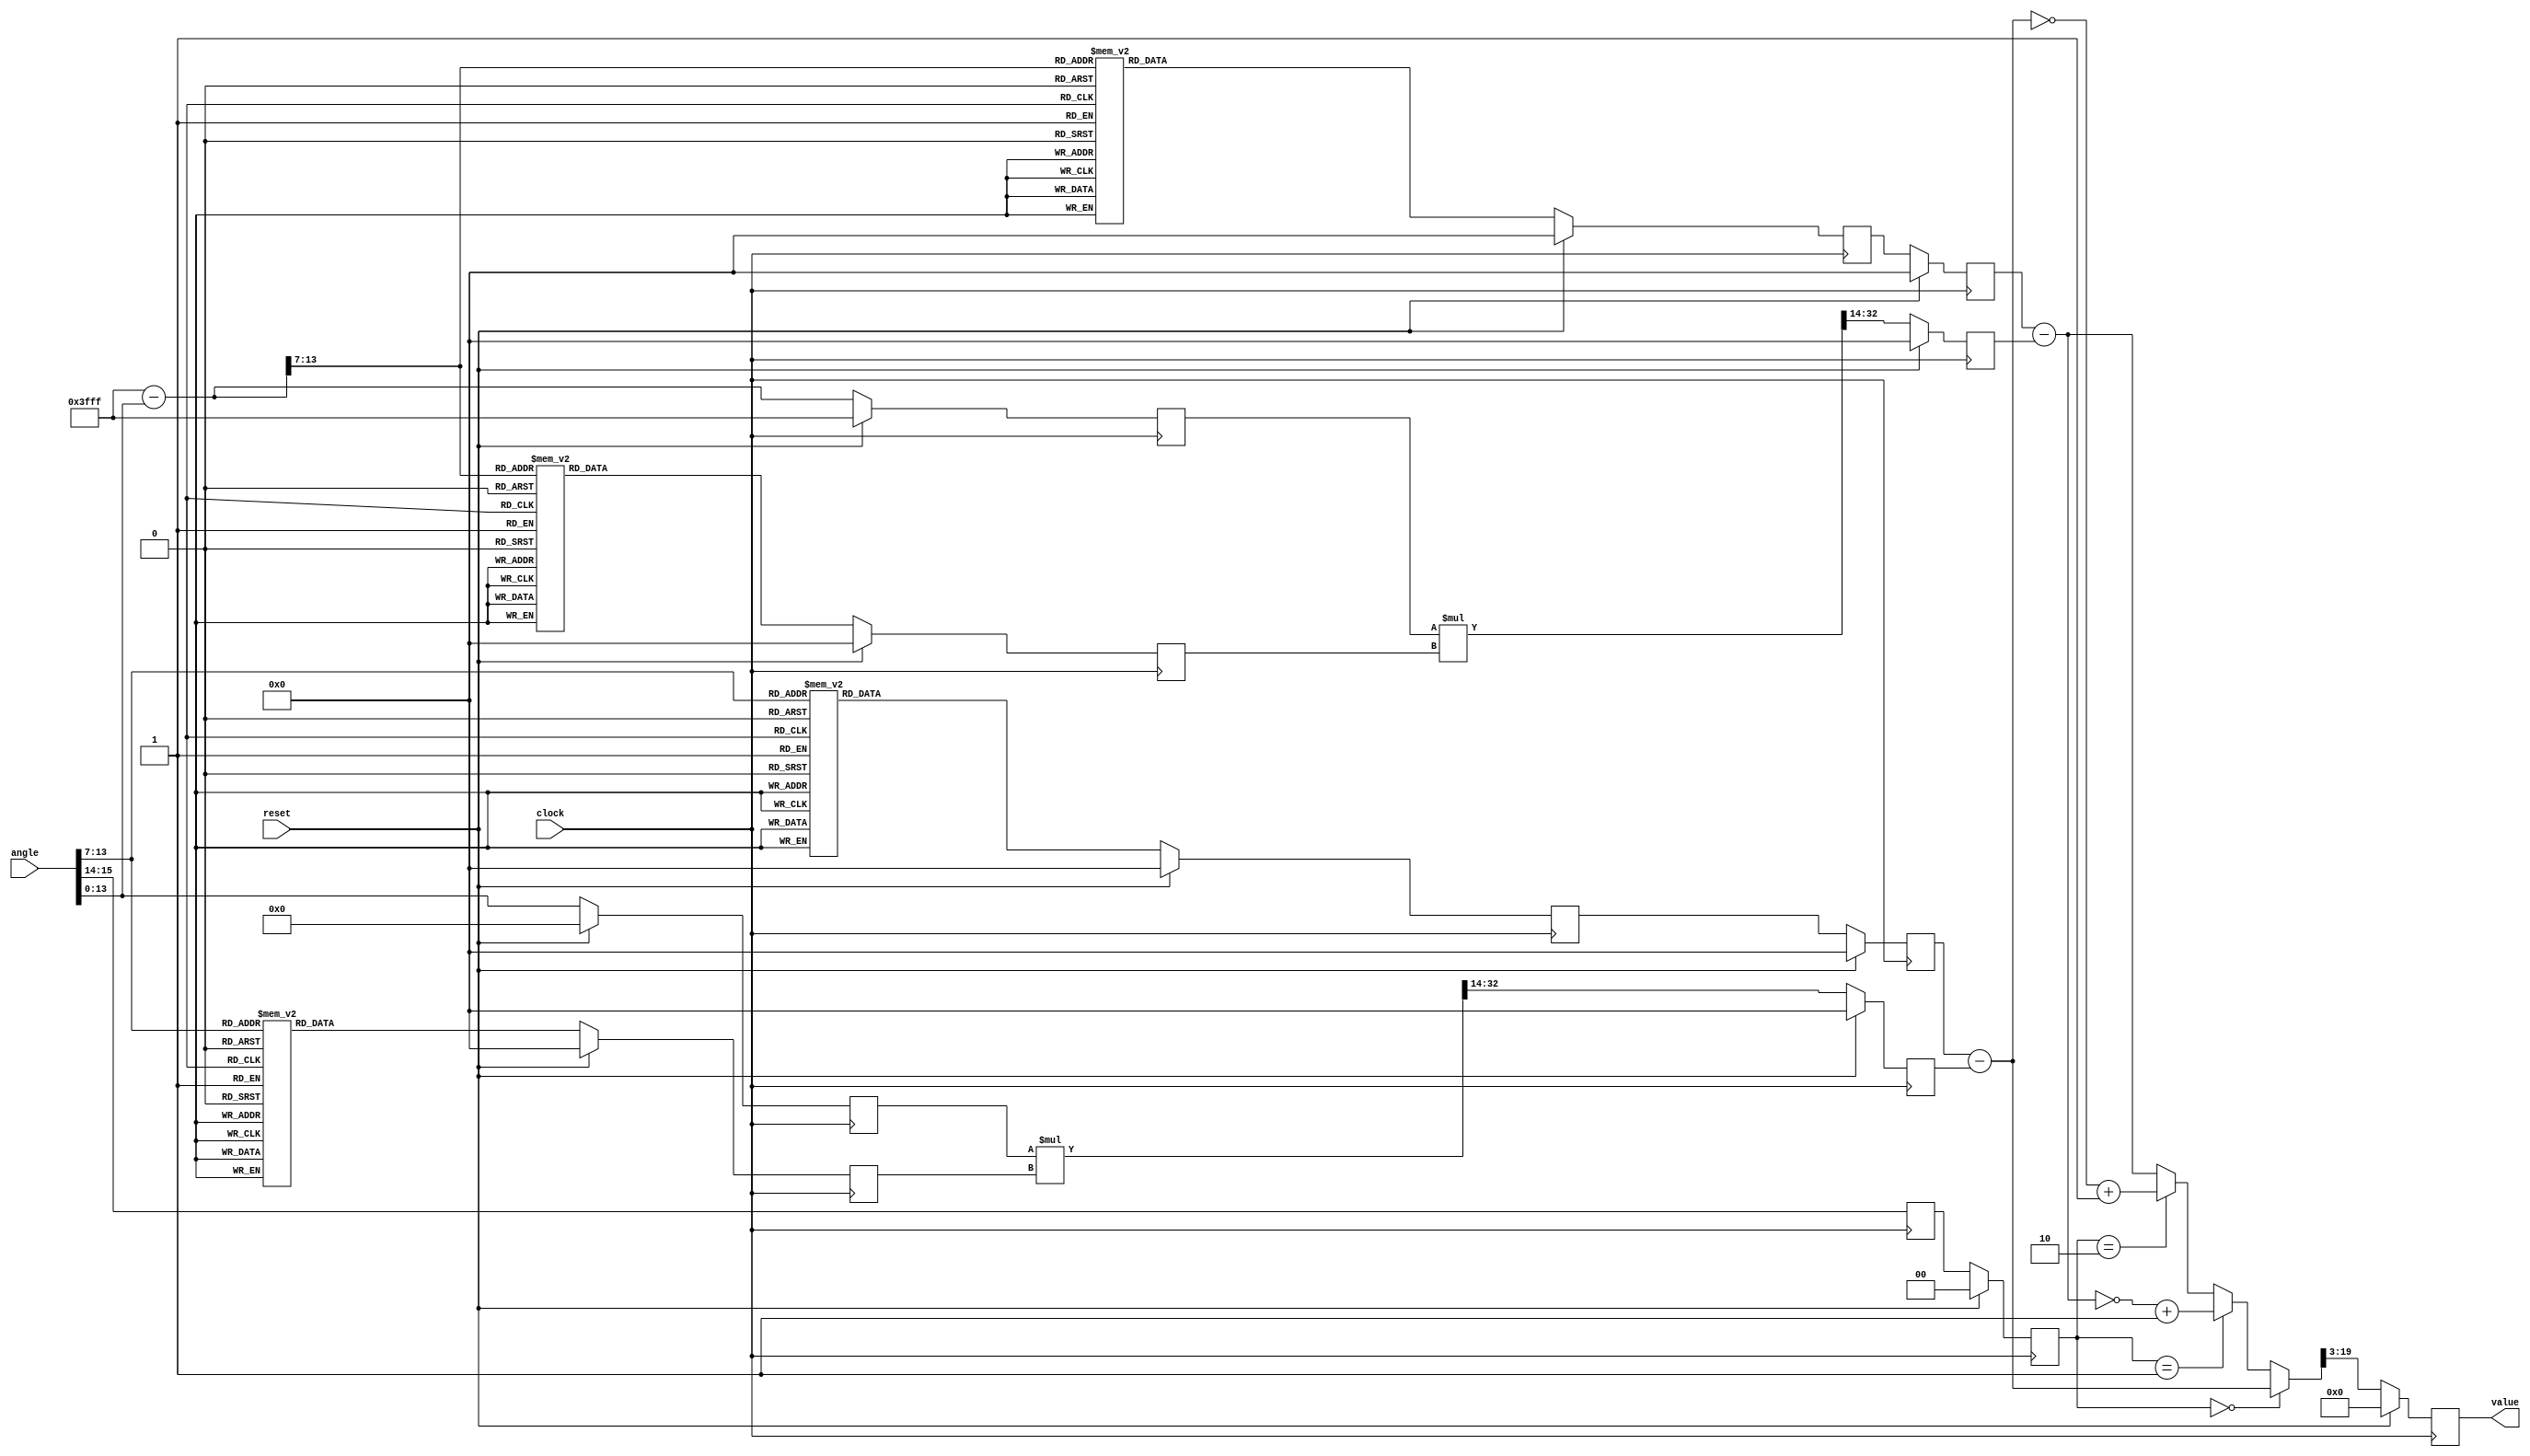
///////////////////////////////////////////////////////////////////////////
//                                                                       //
//						 Cosine Module [ Cos(2.pi.x) ]                   //
//                                  By                                   //
//                        Santosh Kumar Krishnan                         //
//                                                                       //
//                         'TOP - 1' level entity                        //
//                                                                       //
///////////////////////////////////////////////////////////////////////////
/*  Copyright (C) 2016  Santosh Kumar Krishnan

    This program is free software: you can redistribute it and/or modify
    it under the terms of the GNU General Public License as published by
    the Free Software Foundation, either version 3 of the License, or
    (at your option) any later version.

    This program is distributed in the hope that it will be useful,
    but WITHOUT ANY WARRANTY; without even the implied warranty of
    MERCHANTABILITY or FITNESS FOR A PARTICULAR PURPOSE.  See the
    GNU General Public License for more details.

    You should have received a copy of the GNU General Public License
    along with this program.  If not, see http://www.gnu.org/licenses/.*/
	
module cosine_module (
clock,
reset,
angle,
value);

//input
//clock
input clock;
//reset to initialize all registers coefficient table
input reset;
//angle at which cosine is to be found
input [15:0] angle;

//output
//cosine of angle
output [16:0] value;

//internal signals
wire [16:0] value_p1;
wire [6:0] table_address_pos;
wire [6:0] table_address_neg;
wire [32:0] mul_result_pos;
wire [32:0] mul_result_neg;
wire [18:0] D_pos,D_pos_p1;
wire [18:0] D_neg,D_neg_p1;
wire [6:0] p_1; 
wire [19:0] value_t;
wire [19:0] cos_pos;
wire [19:0] cos_neg;
wire [1:0] quadrand,quadrand_p2,quadrand_p3;
wire [13:0] x_pos,x_pos_p2;
wire [13:0] x_neg,x_neg_p2;
wire [18:0] c_0_pos_p1;
wire [18:0] c_0_neg_p1;

//internal registers
reg [16:0] value_d;
reg [18:0] cos_c_0[127:0];
reg [18:0] cos_c_1[127:0];
reg [18:0] c_0_pos,c_0_pos_d;
reg [18:0] c_1_pos;
reg [18:0] c_0_neg,c_0_neg_d;
reg [18:0] c_1_neg;
reg [1:0] quadrand_d,quadrand_d1;
reg [13:0] x_pos_d;
reg [13:0] x_neg_d;
reg [18:0] D_pos_d1;
reg [18:0] D_neg_d1;

//combinational logic

//find quadrand of the angle.
assign quadrand = angle[15:14];

//find the address of the coefficient table (x_pos) 
assign table_address_pos = angle[13:7];
assign p_1 = angle[6:0];

//x_pos = x;
assign x_pos = {table_address_pos,p_1};

//x_neg = pi/2 - x
assign x_neg = 14'h3FFF - x_pos;

//find the address of the coefficient table (x_neg) 
assign table_address_neg = x_neg[13:7];

// get outputs of d ffs level 1
assign x_pos_p2 = x_pos_d;
assign x_neg_p2 = x_neg_d;
assign quadrand_p2 = quadrand_d;

//execute the piecewise polynomial.
assign mul_result_pos = x_pos_p2*c_1_pos;
assign mul_result_neg = x_neg_p2*c_1_neg;
assign D_pos = mul_result_pos[32:14];
assign D_neg = mul_result_neg[32:14];

//get outputs of dff level 2
assign quadrand_p3 = quadrand_d1;
assign D_neg_p1 = D_neg_d1;
assign D_pos_p1 = D_pos_d1;
assign c_0_neg_p1 = c_0_neg_d;
assign c_0_pos_p1 = c_0_pos_d;

//find cos value.
assign cos_neg = c_0_neg_p1 - D_neg_p1;
assign cos_pos = c_0_pos_p1 - D_pos_p1;

//the current evaluation (cos(x) and cos(1-x)) is from an angle of 0 to pi/2. 
//Now depending on the quadrand we choose either +ve or -ve of cos(x) or cos(1-x)
assign value_t = (quadrand_p3 == 2'b00)?cos_pos:( (quadrand_p3 == 2'b01)?(~cos_neg) +1:( (quadrand_p3 == 2'b10)?(~cos_pos) +1:cos_neg ) );

//get cosine of angle
assign value_p1 = value_t[19:3];

//get outputs of dff level 3
assign value = value_d;
//sequential logic
always@(posedge clock)
begin
//reset =0? update all registers and coefficient table
	if(reset == 1'b0)
	begin
		x_pos_d = x_pos;
		x_neg_d = x_neg;
		quadrand_d = quadrand;
		quadrand_d1 = quadrand_p2;
		D_neg_d1 = D_neg;
		D_pos_d1 = D_pos;
		c_0_neg_d = c_0_neg;
		c_0_pos_d = c_0_pos;
		value_d = value_p1;
		cos_c_0[0] = 19'h40002;
		cos_c_0[1] = 19'h40029;
		cos_c_0[2] = 19'h40078;
		cos_c_0[3] = 19'h400EF;
		cos_c_0[4] = 19'h4018C;
		cos_c_0[5] = 19'h40251;
		cos_c_0[6] = 19'h4033E;
		cos_c_0[7] = 19'h40451;
		cos_c_0[8] = 19'h4058B;
		cos_c_0[9] = 19'h406EC;
		cos_c_0[10] = 19'h40874;
		cos_c_0[11] = 19'h40A23;
		cos_c_0[12] = 19'h40BF7;
		cos_c_0[13] = 19'h40DF2;
		cos_c_0[14] = 19'h41012;
		cos_c_0[15] = 19'h41259;
		cos_c_0[16] = 19'h414C4;
		cos_c_0[17] = 19'h41755;
		cos_c_0[18] = 19'h41A0A;
		cos_c_0[19] = 19'h41CE4;
		cos_c_0[20] = 19'h41FE2;
		cos_c_0[21] = 19'h42303;
		cos_c_0[22] = 19'h42648;
		cos_c_0[23] = 19'h429B0;
		cos_c_0[24] = 19'h42D3B;
		cos_c_0[25] = 19'h430E8;
		cos_c_0[26] = 19'h434B6;
		cos_c_0[27] = 19'h438A6;
		cos_c_0[28] = 19'h43CB7;
		cos_c_0[29] = 19'h440E8;
		cos_c_0[30] = 19'h44539;
		cos_c_0[31] = 19'h449AA;
		cos_c_0[32] = 19'h44E39;
		cos_c_0[33] = 19'h452E6;
		cos_c_0[34] = 19'h457B1;
		cos_c_0[35] = 19'h45C99;
		cos_c_0[36] = 19'h4619E;
		cos_c_0[37] = 19'h466BF;
		cos_c_0[38] = 19'h46BFB;
		cos_c_0[39] = 19'h47151;
		cos_c_0[40] = 19'h476C2;
		cos_c_0[41] = 19'h47C4C;
		cos_c_0[42] = 19'h481EF;
		cos_c_0[43] = 19'h487A9;
		cos_c_0[44] = 19'h48D7B;
		cos_c_0[45] = 19'h49364;
		cos_c_0[46] = 19'h49962;
		cos_c_0[47] = 19'h49F75;
		cos_c_0[48] = 19'h4A59D;
		cos_c_0[49] = 19'h4ABD8;
		cos_c_0[50] = 19'h4B226;
		cos_c_0[51] = 19'h4B885;
		cos_c_0[52] = 19'h4BEF6;
		cos_c_0[53] = 19'h4C577;
		cos_c_0[54] = 19'h4CC08;
		cos_c_0[55] = 19'h4D2A7;
		cos_c_0[56] = 19'h4D954;
		cos_c_0[57] = 19'h4E00E;
		cos_c_0[58] = 19'h4E6D4;
		cos_c_0[59] = 19'h4EDA4;
		cos_c_0[60] = 19'h4F47F;
		cos_c_0[61] = 19'h4FB64;
		cos_c_0[62] = 19'h50250;
		cos_c_0[63] = 19'h50945;
		cos_c_0[64] = 19'h5103F;
		cos_c_0[65] = 19'h5173F;
		cos_c_0[66] = 19'h51E44;
		cos_c_0[67] = 19'h5254C;
		cos_c_0[68] = 19'h52C57;
		cos_c_0[69] = 19'h53363;
		cos_c_0[70] = 19'h53A70;
		cos_c_0[71] = 19'h5417D;
		cos_c_0[72] = 19'h54888;
		cos_c_0[73] = 19'h54F91;
		cos_c_0[74] = 19'h55696;
		cos_c_0[75] = 19'h55D97;
		cos_c_0[76] = 19'h56492;
		cos_c_0[77] = 19'h56B87;
		cos_c_0[78] = 19'h57274;
		cos_c_0[79] = 19'h57958;
		cos_c_0[80] = 19'h58033;
		cos_c_0[81] = 19'h58702;
		cos_c_0[82] = 19'h58DC6;
		cos_c_0[83] = 19'h5947D;
		cos_c_0[84] = 19'h59B26;
		cos_c_0[85] = 19'h5A1C0;
		cos_c_0[86] = 19'h5A849;
		cos_c_0[87] = 19'h5AEC1;
		cos_c_0[88] = 19'h5B527;
		cos_c_0[89] = 19'h5BB79;
		cos_c_0[90] = 19'h5C1B6;
		cos_c_0[91] = 19'h5C7DE;
		cos_c_0[92] = 19'h5CDEF;
		cos_c_0[93] = 19'h5D3E8;
		cos_c_0[94] = 19'h5D9C7;
		cos_c_0[95] = 19'h5DF8D;
		cos_c_0[96] = 19'h5E537;
		cos_c_0[97] = 19'h5EAC5;
		cos_c_0[98] = 19'h5F036;
		cos_c_0[99] = 19'h5F587;
		cos_c_0[100] = 19'h5FAB9;
		cos_c_0[101] = 19'h5FFCA;
		cos_c_0[102] = 19'h604B9;
		cos_c_0[103] = 19'h60985;
		cos_c_0[104] = 19'h60E2D;
		cos_c_0[105] = 19'h612B0;
		cos_c_0[106] = 19'h6170C;
		cos_c_0[107] = 19'h61B40;
		cos_c_0[108] = 19'h61F4C;
		cos_c_0[109] = 19'h6232E;
		cos_c_0[110] = 19'h626E6;
		cos_c_0[111] = 19'h62A71;
		cos_c_0[112] = 19'h62DD0;
		cos_c_0[113] = 19'h63101;
		cos_c_0[114] = 19'h63402;
		cos_c_0[115] = 19'h636D3;
		cos_c_0[116] = 19'h63973;
		cos_c_0[117] = 19'h63BE1;
		cos_c_0[118] = 19'h63E1B;
		cos_c_0[119] = 19'h64021;
		cos_c_0[120] = 19'h641F1;
		cos_c_0[121] = 19'h6438B;
		cos_c_0[122] = 19'h644ED;
		cos_c_0[123] = 19'h64617;
		cos_c_0[124] = 19'h64707;
		cos_c_0[125] = 19'h647BC;
		cos_c_0[126] = 19'h64837;
		cos_c_0[127] = 19'h64874;

		cos_c_1[0] = 19'h9DE;
		cos_c_1[1] = 19'h1D9B;
		cos_c_1[2] = 19'h3157;
		cos_c_1[3] = 19'h4510;
		cos_c_1[4] = 19'h58C7;
		cos_c_1[5] = 19'h6C7B;
		cos_c_1[6] = 19'h802B;
		cos_c_1[7] = 19'h93D5;
		cos_c_1[8] = 19'hA77A;
		cos_c_1[9] = 19'hBB18;
		cos_c_1[10] = 19'hCEAF;
		cos_c_1[11] = 19'hE23F;
		cos_c_1[12] = 19'hF5C5;
		cos_c_1[13] = 19'h10942;
		cos_c_1[14] = 19'h11CB5;
		cos_c_1[15] = 19'h1301D;
		cos_c_1[16] = 19'h14379;
		cos_c_1[17] = 19'h156C8;
		cos_c_1[18] = 19'h16A0B;
		cos_c_1[19] = 19'h17D3F;
		cos_c_1[20] = 19'h19065;
		cos_c_1[21] = 19'h1A37B;
		cos_c_1[22] = 19'h1B681;
		cos_c_1[23] = 19'h1C977;
		cos_c_1[24] = 19'h1DC5A;
		cos_c_1[25] = 19'h1EF2B;
		cos_c_1[26] = 19'h201EA;
		cos_c_1[27] = 19'h21494;
		cos_c_1[28] = 19'h2272A;
		cos_c_1[29] = 19'h239AA;
		cos_c_1[30] = 19'h24C15;
		cos_c_1[31] = 19'h25E69;
		cos_c_1[32] = 19'h270A5;
		cos_c_1[33] = 19'h282CA;
		cos_c_1[34] = 19'h294D5;
		cos_c_1[35] = 19'h2A6C8;
		cos_c_1[36] = 19'h2B8A0;
		cos_c_1[37] = 19'h2CA5D;
		cos_c_1[38] = 19'h2DBFE;
		cos_c_1[39] = 19'h2ED84;
		cos_c_1[40] = 19'h2FEEC;
		cos_c_1[41] = 19'h31037;
		cos_c_1[42] = 19'h32164;
		cos_c_1[43] = 19'h33272;
		cos_c_1[44] = 19'h34360;
		cos_c_1[45] = 19'h3542E;
		cos_c_1[46] = 19'h364DB;
		cos_c_1[47] = 19'h37567;
		cos_c_1[48] = 19'h385D0;
		cos_c_1[49] = 19'h39617;
		cos_c_1[50] = 19'h3A63B;
		cos_c_1[51] = 19'h3B63A;
		cos_c_1[52] = 19'h3C615;
		cos_c_1[53] = 19'h3D5CA;
		cos_c_1[54] = 19'h3E55A;
		cos_c_1[55] = 19'h3F4C3;
		cos_c_1[56] = 19'h40405;
		cos_c_1[57] = 19'h41320;
		cos_c_1[58] = 19'h42212;
		cos_c_1[59] = 19'h430DC;
		cos_c_1[60] = 19'h43F7C;
		cos_c_1[61] = 19'h44DF2;
		cos_c_1[62] = 19'h45C3E;
		cos_c_1[63] = 19'h46A5E;
		cos_c_1[64] = 19'h47854;
		cos_c_1[65] = 19'h4861D;
		cos_c_1[66] = 19'h493B9;
		cos_c_1[67] = 19'h4A128;
		cos_c_1[68] = 19'h4AE6A;
		cos_c_1[69] = 19'h4BB7D;
		cos_c_1[70] = 19'h4C862;
		cos_c_1[71] = 19'h4D517;
		cos_c_1[72] = 19'h4E19D;
		cos_c_1[73] = 19'h4EDF2;
		cos_c_1[74] = 19'h4FA17;
		cos_c_1[75] = 19'h5060B;
		cos_c_1[76] = 19'h511CD;
		cos_c_1[77] = 19'h51D5D;
		cos_c_1[78] = 19'h528BB;
		cos_c_1[79] = 19'h533E5;
		cos_c_1[80] = 19'h53EDD;
		cos_c_1[81] = 19'h549A0;
		cos_c_1[82] = 19'h55430;
		cos_c_1[83] = 19'h55E8B;
		cos_c_1[84] = 19'h568B1;
		cos_c_1[85] = 19'h572A1;
		cos_c_1[86] = 19'h57C5C;
		cos_c_1[87] = 19'h585E0;
		cos_c_1[88] = 19'h58F2E;
		cos_c_1[89] = 19'h59846;
		cos_c_1[90] = 19'h5A126;
		cos_c_1[91] = 19'h5A9CE;
		cos_c_1[92] = 19'h5B23E;
		cos_c_1[93] = 19'h5BA77;
		cos_c_1[94] = 19'h5C276;
		cos_c_1[95] = 19'h5CA3D;
		cos_c_1[96] = 19'h5D1CB;
		cos_c_1[97] = 19'h5D920;
		cos_c_1[98] = 19'h5E03A;
		cos_c_1[99] = 19'h5E71B;
		cos_c_1[100] = 19'h5EDC1;
		cos_c_1[101] = 19'h5F42D;
		cos_c_1[102] = 19'h5FA5E;
		cos_c_1[103] = 19'h60054;
		cos_c_1[104] = 19'h6060F;
		cos_c_1[105] = 19'h60B8E;
		cos_c_1[106] = 19'h610D2;
		cos_c_1[107] = 19'h615DA;
		cos_c_1[108] = 19'h61AA6;
		cos_c_1[109] = 19'h61F35;
		cos_c_1[110] = 19'h62389;
		cos_c_1[111] = 19'h6279F;
		cos_c_1[112] = 19'h62B79;
		cos_c_1[113] = 19'h62F16;
		cos_c_1[114] = 19'h63276;
		cos_c_1[115] = 19'h63599;
		cos_c_1[116] = 19'h6387E;
		cos_c_1[117] = 19'h63B26;
		cos_c_1[118] = 19'h63D91;
		cos_c_1[119] = 19'h63FBE;
		cos_c_1[120] = 19'h641AD;
		cos_c_1[121] = 19'h6435E;
		cos_c_1[122] = 19'h644D2;
		cos_c_1[123] = 19'h64608;
		cos_c_1[124] = 19'h64700;
		cos_c_1[125] = 19'h647BA;
		cos_c_1[126] = 19'h64836;
		cos_c_1[127] = 19'h64874;
		
		c_0_pos = cos_c_0[table_address_pos];
		c_1_pos = cos_c_1[table_address_pos];
		c_0_neg = cos_c_0[table_address_neg];
		c_1_neg = cos_c_1[table_address_neg];
	end
//reset =1? update all registers and coefficient table	
	if(reset == 1'b1)
	begin
		x_pos_d = 14'h0;
		x_neg_d = 14'h3FFF;
		quadrand_d = quadrand;
		quadrand_d1 = 2'b0;
		D_neg_d1 = 19'b0;
		D_pos_d1 = 19'b0;
		c_0_neg_d = 19'b0;
		c_0_pos_d = 19'b0;
		value_d = 17'b0;
		
		c_0_pos = 19'h0;
		c_1_pos = 19'h0;
		c_0_neg = 19'h0;
		c_1_neg = 19'h0;
		
		cos_c_0[0] = 19'h0;
		cos_c_0[1] = 19'h0;
		cos_c_0[2] = 19'h0;
		cos_c_0[3] = 19'h0;
		cos_c_0[4] = 19'h0;
		cos_c_0[5] = 19'h0;
		cos_c_0[6] = 19'h0;
		cos_c_0[7] = 19'h0;
		cos_c_0[8] = 19'h0;
		cos_c_0[9] = 19'h0;
		cos_c_0[10] = 19'h0;
		cos_c_0[11] = 19'h0;
		cos_c_0[12] = 19'h0;
		cos_c_0[13] = 19'h0;
		cos_c_0[14] = 19'h0;
		cos_c_0[15] = 19'h0;
		cos_c_0[16] = 19'h0;
		cos_c_0[17] = 19'h0;
		cos_c_0[18] = 19'h0;
		cos_c_0[19] = 19'h0;
		cos_c_0[20] = 19'h0;
		cos_c_0[21] = 19'h0;
		cos_c_0[22] = 19'h0;
		cos_c_0[23] = 19'h0;
		cos_c_0[24] = 19'h0;
		cos_c_0[25] = 19'h0;
		cos_c_0[26] = 19'h0;
		cos_c_0[27] = 19'h0;
		cos_c_0[28] = 19'h0;
		cos_c_0[29] = 19'h0;
		cos_c_0[30] = 19'h0;
		cos_c_0[31] = 19'h0;
		cos_c_0[32] = 19'h0;
		cos_c_0[33] = 19'h0;
		cos_c_0[34] = 19'h0;
		cos_c_0[35] = 19'h0;
		cos_c_0[36] = 19'h0;
		cos_c_0[37] = 19'h0;
		cos_c_0[38] = 19'h0;
		cos_c_0[39] = 19'h0;
		cos_c_0[40] = 19'h0;
		cos_c_0[41] = 19'h0;
		cos_c_0[42] = 19'h0;
		cos_c_0[43] = 19'h0;
		cos_c_0[44] = 19'h0;
		cos_c_0[45] = 19'h0;
		cos_c_0[46] = 19'h0;
		cos_c_0[47] = 19'h0;
		cos_c_0[48] = 19'h0;
		cos_c_0[49] = 19'h0;
		cos_c_0[50] = 19'h0;
		cos_c_0[51] = 19'h0;
		cos_c_0[52] = 19'h0;
		cos_c_0[53] = 19'h0;
		cos_c_0[54] = 19'h0;
		cos_c_0[55] = 19'h0;
		cos_c_0[56] = 19'h0;
		cos_c_0[57] = 19'h0;
		cos_c_0[58] = 19'h0;
		cos_c_0[59] = 19'h0;
		cos_c_0[60] = 19'h0;
		cos_c_0[61] = 19'h0;
		cos_c_0[62] = 19'h0;
		cos_c_0[63] = 19'h0;
		cos_c_0[64] = 19'h0;
		cos_c_0[65] = 19'h0;
		cos_c_0[66] = 19'h0;
		cos_c_0[67] = 19'h0;
		cos_c_0[68] = 19'h0;
		cos_c_0[69] = 19'h0;
		cos_c_0[70] = 19'h0;
		cos_c_0[71] = 19'h0;
		cos_c_0[72] = 19'h0;
		cos_c_0[73] = 19'h0;
		cos_c_0[74] = 19'h0;
		cos_c_0[75] = 19'h0;
		cos_c_0[76] = 19'h0;
		cos_c_0[77] = 19'h0;
		cos_c_0[78] = 19'h0;
		cos_c_0[79] = 19'h0;
		cos_c_0[80] = 19'h0;
		cos_c_0[81] = 19'h0;
		cos_c_0[82] = 19'h0;
		cos_c_0[83] = 19'h0;
		cos_c_0[84] = 19'h0;
		cos_c_0[85] = 19'h0;
		cos_c_0[86] = 19'h0;
		cos_c_0[87] = 19'h0;
		cos_c_0[88] = 19'h0;
		cos_c_0[89] = 19'h0;
		cos_c_0[90] = 19'h0;
		cos_c_0[91] = 19'h0;
		cos_c_0[92] = 19'h0;
		cos_c_0[93] = 19'h0;
		cos_c_0[94] = 19'h0;
		cos_c_0[95] = 19'h0;
		cos_c_0[96] = 19'h0;
		cos_c_0[97] = 19'h0;
		cos_c_0[98] = 19'h0;
		cos_c_0[99] = 19'h0;
		cos_c_0[100] = 19'h0;
		cos_c_0[101] = 19'h0;
		cos_c_0[102] = 19'h0;
		cos_c_0[103] = 19'h0;
		cos_c_0[104] = 19'h0;
		cos_c_0[105] = 19'h0;
		cos_c_0[106] = 19'h0;
		cos_c_0[107] = 19'h0;
		cos_c_0[108] = 19'h0;
		cos_c_0[109] = 19'h0;
		cos_c_0[110] = 19'h0;
		cos_c_0[111] = 19'h0;
		cos_c_0[112] = 19'h0;
		cos_c_0[113] = 19'h0;
		cos_c_0[114] = 19'h0;
		cos_c_0[115] = 19'h0;
		cos_c_0[116] = 19'h0;
		cos_c_0[117] = 19'h0;
		cos_c_0[118] = 19'h0;
		cos_c_0[119] = 19'h0;
		cos_c_0[120] = 19'h0;
		cos_c_0[121] = 19'h0;
		cos_c_0[122] = 19'h0;
		cos_c_0[123] = 19'h0;
		cos_c_0[124] = 19'h0;
		cos_c_0[125] = 19'h0;
		cos_c_0[126] = 19'h0;
		cos_c_0[127] = 19'h0;


		cos_c_1[0] = 19'h0;
		cos_c_1[1] = 19'h0;
		cos_c_1[2] = 19'h0;
		cos_c_1[3] = 19'h0;
		cos_c_1[4] = 19'h0;
		cos_c_1[5] = 19'h0;
		cos_c_1[6] = 19'h0;
		cos_c_1[7] = 19'h0;
		cos_c_1[8] = 19'h0;
		cos_c_1[9] = 19'h0;
		cos_c_1[10] = 19'h0;
		cos_c_1[11] = 19'h0;
		cos_c_1[12] = 19'h0;
		cos_c_1[13] = 19'h0;
		cos_c_1[14] = 19'h0;
		cos_c_1[15] = 19'h0;
		cos_c_1[16] = 19'h0;
		cos_c_1[17] = 19'h0;
		cos_c_1[18] = 19'h0;
		cos_c_1[19] = 19'h0;
		cos_c_1[20] = 19'h0;
		cos_c_1[21] = 19'h0;
		cos_c_1[22] = 19'h0;
		cos_c_1[23] = 19'h0;
		cos_c_1[24] = 19'h0;
		cos_c_1[25] = 19'h0;
		cos_c_1[26] = 19'h0;
		cos_c_1[27] = 19'h0;
		cos_c_1[28] = 19'h0;
		cos_c_1[29] = 19'h0;
		cos_c_1[30] = 19'h0;
		cos_c_1[31] = 19'h0;
		cos_c_1[32] = 19'h0;
		cos_c_1[33] = 19'h0;
		cos_c_1[34] = 19'h0;
		cos_c_1[35] = 19'h0;
		cos_c_1[36] = 19'h0;
		cos_c_1[37] = 19'h0;
		cos_c_1[38] = 19'h0;
		cos_c_1[39] = 19'h0;
		cos_c_1[40] = 19'h0;
		cos_c_1[41] = 19'h0;
		cos_c_1[42] = 19'h0;
		cos_c_1[43] = 19'h0;
		cos_c_1[44] = 19'h0;
		cos_c_1[45] = 19'h0;
		cos_c_1[46] = 19'h0;
		cos_c_1[47] = 19'h0;
		cos_c_1[48] = 19'h0;
		cos_c_1[49] = 19'h0;
		cos_c_1[50] = 19'h0;
		cos_c_1[51] = 19'h0;
		cos_c_1[52] = 19'h0;
		cos_c_1[53] = 19'h0;
		cos_c_1[54] = 19'h0;
		cos_c_1[55] = 19'h0;
		cos_c_1[56] = 19'h0;
		cos_c_1[57] = 19'h0;
		cos_c_1[58] = 19'h0;
		cos_c_1[59] = 19'h0;
		cos_c_1[60] = 19'h0;
		cos_c_1[61] = 19'h0;
		cos_c_1[62] = 19'h0;
		cos_c_1[63] = 19'h0;
		cos_c_1[64] = 19'h0;
		cos_c_1[65] = 19'h0;
		cos_c_1[66] = 19'h0;
		cos_c_1[67] = 19'h0;
		cos_c_1[68] = 19'h0;
		cos_c_1[69] = 19'h0;
		cos_c_1[70] = 19'h0;
		cos_c_1[71] = 19'h0;
		cos_c_1[72] = 19'h0;
		cos_c_1[73] = 19'h0;
		cos_c_1[74] = 19'h0;
		cos_c_1[75] = 19'h0;
		cos_c_1[76] = 19'h0;
		cos_c_1[77] = 19'h0;
		cos_c_1[78] = 19'h0;
		cos_c_1[79] = 19'h0;
		cos_c_1[80] = 19'h0;
		cos_c_1[81] = 19'h0;
		cos_c_1[82] = 19'h0;
		cos_c_1[83] = 19'h0;
		cos_c_1[84] = 19'h0;
		cos_c_1[85] = 19'h0;
		cos_c_1[86] = 19'h0;
		cos_c_1[87] = 19'h0;
		cos_c_1[88] = 19'h0;
		cos_c_1[89] = 19'h0;
		cos_c_1[90] = 19'h0;
		cos_c_1[91] = 19'h0;
		cos_c_1[92] = 19'h0;
		cos_c_1[93] = 19'h0;
		cos_c_1[94] = 19'h0;
		cos_c_1[95] = 19'h0;
		cos_c_1[96] = 19'h0;
		cos_c_1[97] = 19'h0;
		cos_c_1[98] = 19'h0;
		cos_c_1[99] = 19'h0;
		cos_c_1[100] = 19'h0;
		cos_c_1[101] = 19'h0;
		cos_c_1[102] = 19'h0;
		cos_c_1[103] = 19'h0;
		cos_c_1[104] = 19'h0;
		cos_c_1[105] = 19'h0;
		cos_c_1[106] = 19'h0;
		cos_c_1[107] = 19'h0;
		cos_c_1[108] = 19'h0;
		cos_c_1[109] = 19'h0;
		cos_c_1[110] = 19'h0;
		cos_c_1[111] = 19'h0;
		cos_c_1[112] = 19'h0;
		cos_c_1[113] = 19'h0;
		cos_c_1[114] = 19'h0;
		cos_c_1[115] = 19'h0;
		cos_c_1[116] = 19'h0;
		cos_c_1[117] = 19'h0;
		cos_c_1[118] = 19'h0;
		cos_c_1[119] = 19'h0;
		cos_c_1[120] = 19'h0;
		cos_c_1[121] = 19'h0;
		cos_c_1[122] = 19'h0;
		cos_c_1[123] = 19'h0;
		cos_c_1[124] = 19'h0;
		cos_c_1[125] = 19'h0;
		cos_c_1[126] = 19'h0;
		cos_c_1[127] = 19'h0;
	end
end

//end
endmodule